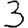
Digit: 3